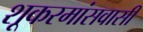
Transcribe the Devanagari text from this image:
शूकरमांसवासी